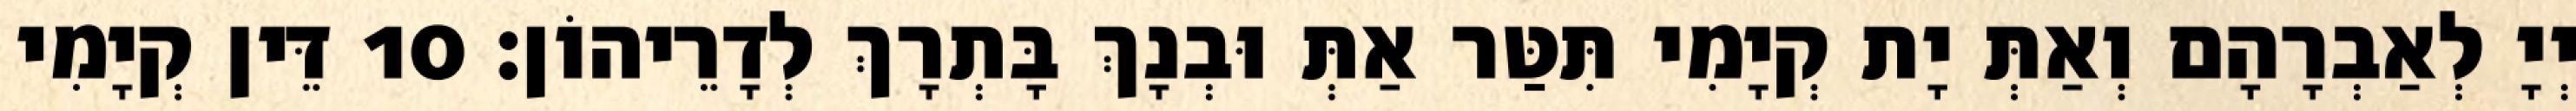
יְיָ לְאַבְרָהָם וְאַתְּ יָת קְיָמִי תִּטַּר אַתְּ וּבְנָךְ בָּתְרָךְ לְדָרֵיהוֹן׃ 10 דֵּין קְיָמִי